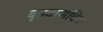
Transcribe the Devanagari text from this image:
बृहदाणविक